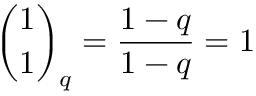
{ \binom { 1 } { 1 } } _ { q } = { \frac { 1 - q } { 1 - q } } = 1